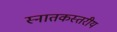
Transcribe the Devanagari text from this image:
स्नातकस्तरीय